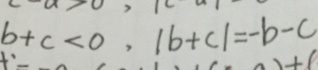
b + c < 0 , \vert b + c \vert = - b - c